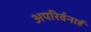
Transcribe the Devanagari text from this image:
अपरिर्वनार्ह